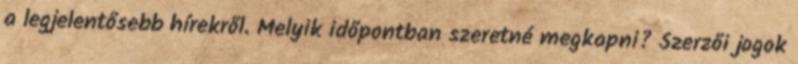
a legjelentősebb hírekről. Melyik időpontban szeretné megkapni? Szerzői jogok